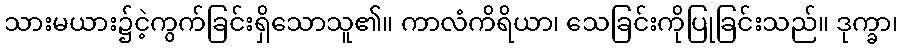
သားမယား၌ငဲ့ကွက်ခြင်းရှိသောသူ၏။ ကာလံကိရိယာ၊ သေခြင်းကိုပြုခြင်းသည်။ ဒုက္ခာ၊